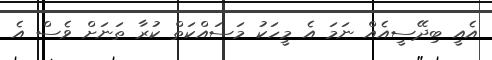
އެއީ ބިދޭސީއެއް ނަމަ އެ މީހަކު މަސައްކަތް ކުރާ ތަނަށް ވެސް އެ